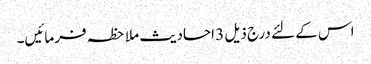
اس کے لئے درج ذیل 3 احادیث ملاحظہ فرمائیں۔